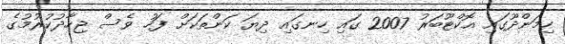
ހިމަންދޫގައި އޮކްޓޫބަރު 2007 ގައި ހިނގައި ދިޔަ ކަންތަކަށް ފަހު ވެސް ޖިހާދުކުރުމުގެ